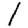
Digit: 1